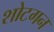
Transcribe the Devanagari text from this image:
शोटगन